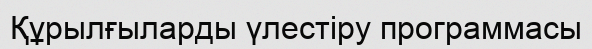
Құрылғыларды үлестіру программасы